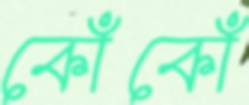
কোঁকোঁ